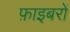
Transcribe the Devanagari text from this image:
फ़ाइबरों